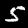
Label: 5